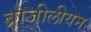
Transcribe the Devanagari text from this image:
ब्राजीलीयन